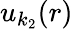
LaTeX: u_{k_{2}}(r)